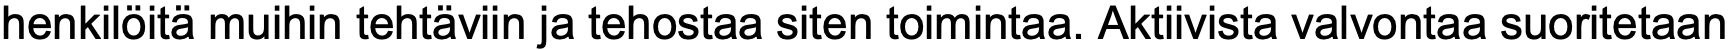
henkilöitä muihin tehtäviin ja tehostaa siten toimintaa. Aktiivista valvontaa suoritetaan